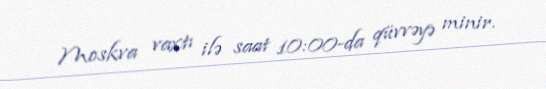
Moskva vaxtı ilə saat 10:00-da qüvvəyə minir.